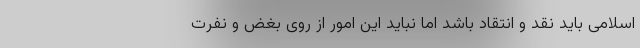
اسلامی باید نقد و انتقاد باشد اما نباید این امور از روی بغض و نفرت